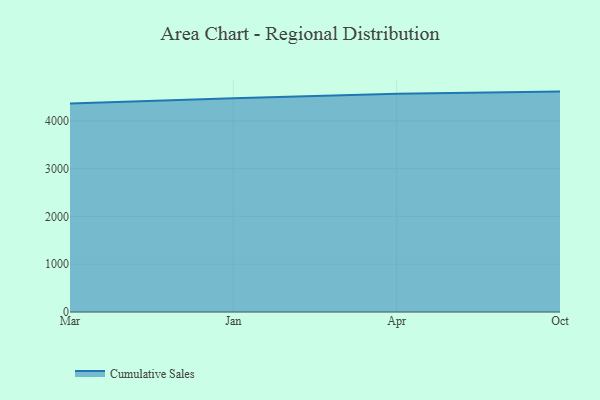
{"axis": {"x": "Month", "y": "Energy Usage (MWh)"}, "legend": ["Cumulative Sales"], "data": [{"x": "Mar", "y": 4362.1, "type": "Cumulative Sales"}, {"x": "Jan", "y": 4472.6, "type": "Cumulative Sales"}, {"x": "Apr", "y": 4563.2, "type": "Cumulative Sales"}, {"x": "Oct", "y": 4610.2, "type": "Cumulative Sales"}]}